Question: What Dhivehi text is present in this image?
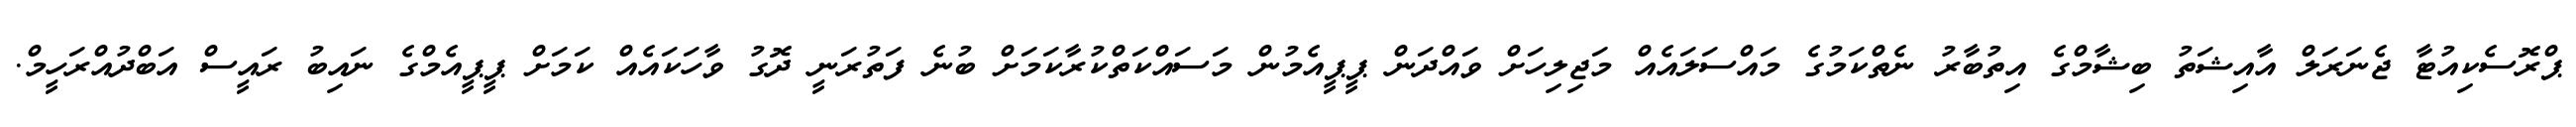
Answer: ޕްރޮސެކިއުޓާ ޖެނަރަލް އާއިޝަތު ބިޝާމްގެ އިތުބާރު ނެތްކަމުގެ މައްސަލައެއް މަޖިލިހަށް ވައްދަން ޕީޕީއެމުން މަސައްކަތްކުރާކަމަށް ބުނެ ފަތުރަނީ ދޮގު ވާހަކައެއް ކަމަށް ޕީޕީއެމްގެ ނައިބު ރައީސް އަބްދުއްރަހީމް.